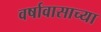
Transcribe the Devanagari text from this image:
वर्षावासाच्या